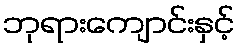
ဘုရားကျောင်းနှင့်